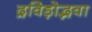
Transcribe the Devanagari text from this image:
द्रविड़ोद्भवा